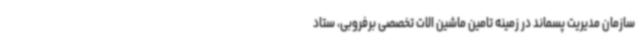
سازمان مدیریت پسماند در زمینه تامین ماشین الات تخصصی برفروبی، ستاد